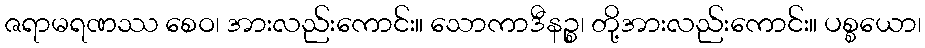
ဇရာမရဏဿ စေဝ၊ အားလည်းကောင်း။ သောကာဒီနဉ္စ၊ တို့အားလည်းကောင်း။ ပစ္စယော၊